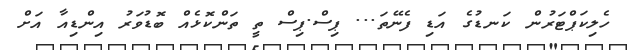
ހެލިކަޕްޓަރުން ކަނޑުގެ އަޑި ފެނޭތަ... ޕިސް.ޕިސް ތީ ތަންކޮޅެއް ބޮޑުވަރު އިންޑިއާ އަށް